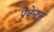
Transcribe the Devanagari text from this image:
प्रेजेन्ट्स